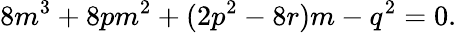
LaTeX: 8m^{3}+8pm^{2}+(2p^{2}-8r)m-q^{2}=0.